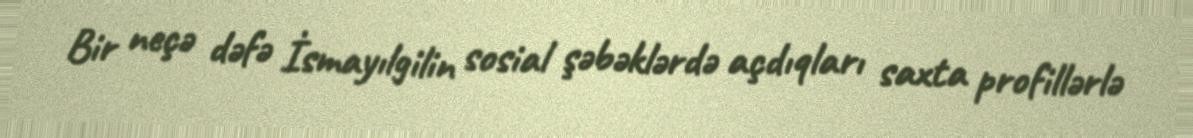
Bir neçə dəfə İsmayılgilin sosial şəbəklərdə açdıqları saxta profillərlə